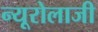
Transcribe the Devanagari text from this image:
न्यूरोलाजी